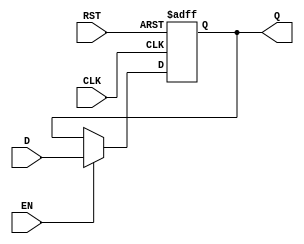
module stage_register #(
    parameter WIDTH = 8 // Define the width of the register (default is 8 bits)
)(
    input  wire [WIDTH-1:0] D,     // Data input
    input  wire CLK,                // Clock input
    input  wire RST,                // Reset input
    input  wire EN,                 // Enable input (optional)
    output reg  [WIDTH-1:0] Q       // Data output
);

// Asynchronous reset implementation
always @(posedge CLK or posedge RST) begin
    if (RST) begin
        Q <= {WIDTH{1'b0}}; // Reset the register to zero
    end else if (EN) begin
        Q <= D; // Capture the input data on clock edge if enabled
    end
end

endmodule